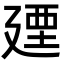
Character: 𢌩